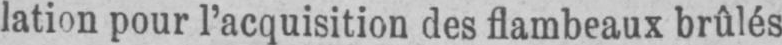
lation pour l’acquisition des flambeaux brûlés